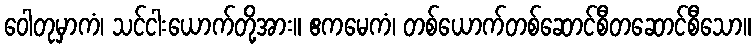
ဝေါတုမှာကံ၊ သင်ငါးယောက်တို့အား။ ဧကမေကံ၊ တစ်ယောက်တစ်ဆောင်စီတဆောင်စီသော။